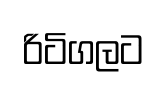
රිටිගලට